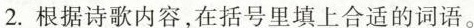
2.根据诗歌内容，在括号里填上合适的词语。